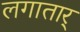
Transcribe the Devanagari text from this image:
लगातार्